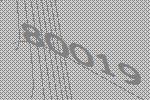
80019